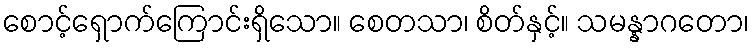
စောင့်ရှောက်ကြောင်းရှိသော။ စေတသာ၊ စိတ်နှင့်။ သမန္နာဂတော၊